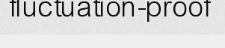
fluctuation-proof